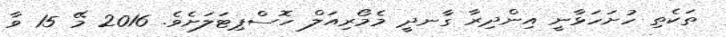
ތަކެތި ހުށަހަޅާނީ އިންދިރާ ގާނދީ މެމޯރިއަލް ހޮސްޕިޓަލަށެވެ. 2016 މޭ 15 ވާ